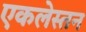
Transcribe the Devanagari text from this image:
एकलेस्तन